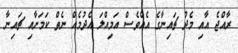
ރާއްޖެ އާއި މެދު ޗައިނާގެ އެއްވެސް އަމިއްލަ އެދުމެއް ނެތް ކަމަށާއި ޗައިނާ